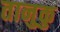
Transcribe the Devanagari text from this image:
तानुकु